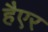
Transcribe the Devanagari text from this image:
हैएर